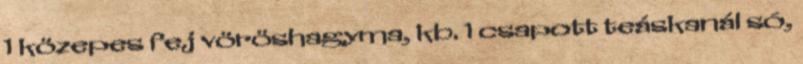
1 közepes fej vöröshagyma, kb. 1 csapott teáskanál só,